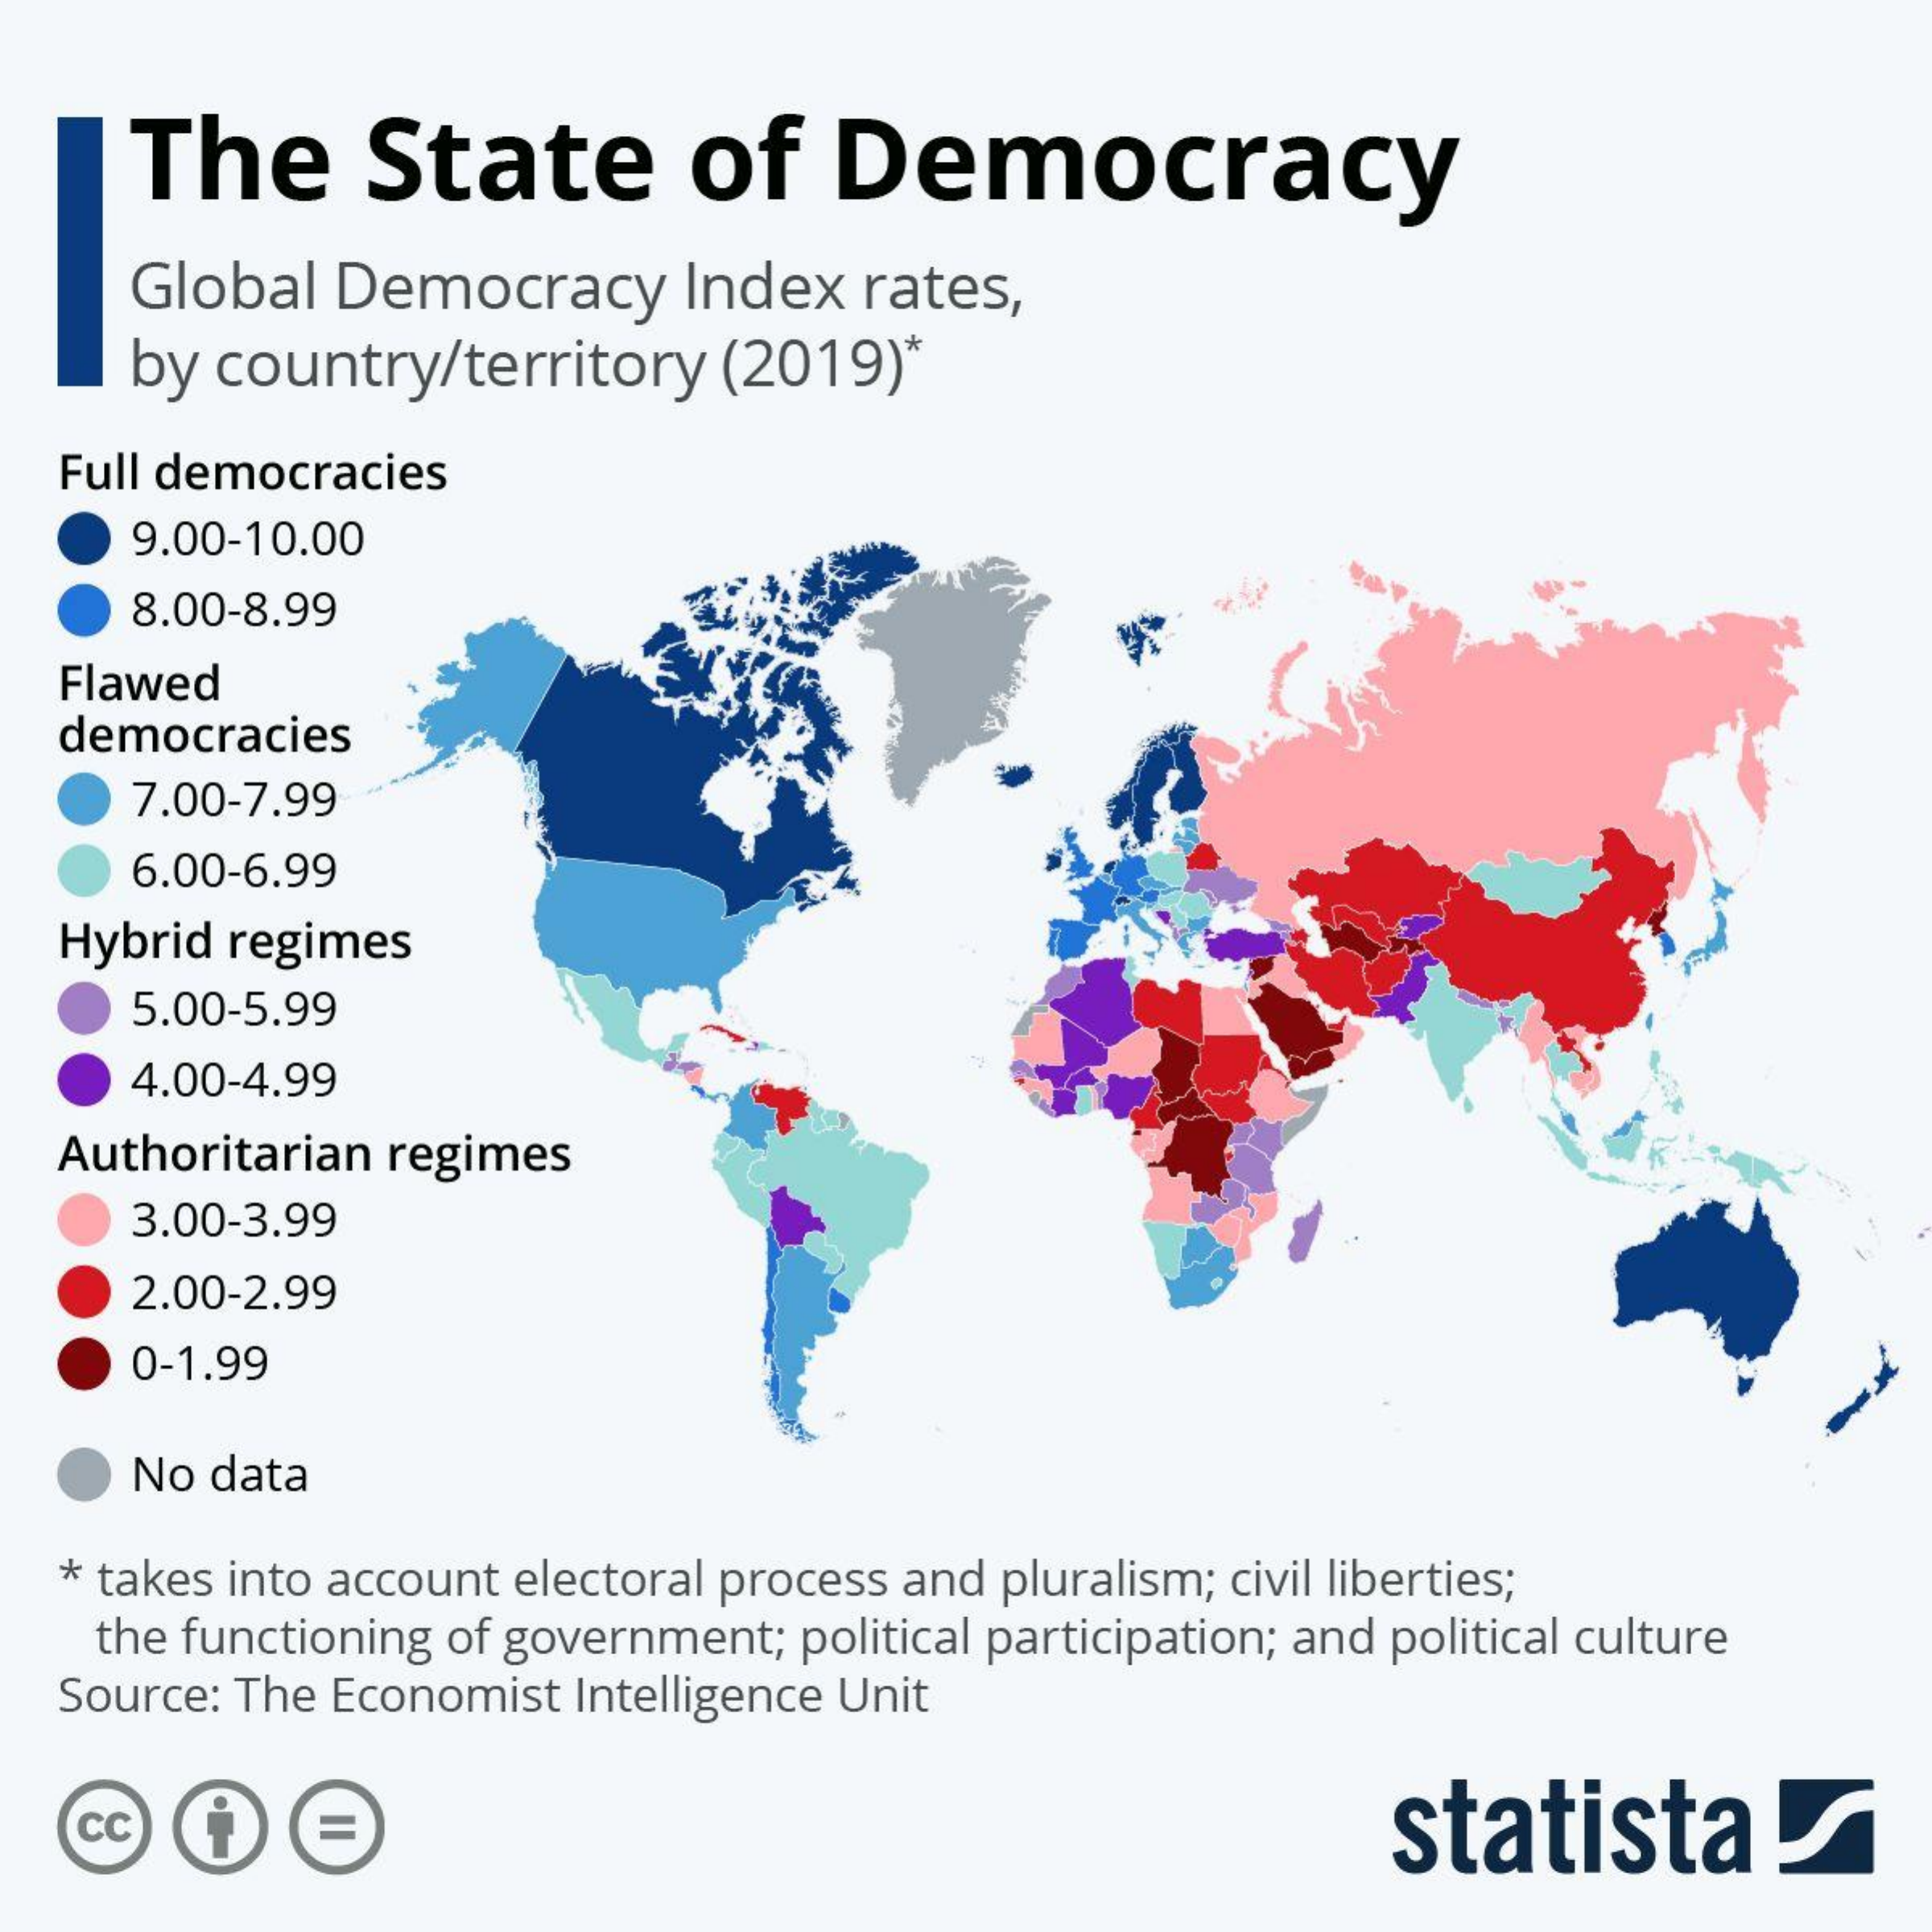
The    State    of    Democracy
     Global  Democracy    Index   rates,
     by country/territory    (2019)*
   Full democracies
     9.00-10.00
     8.00-8.99
   Flawed
   democracies
     7.00-7.99
     6.00-6.99
   Hybrid regimes
     5.00-5.99
     4.00-4.99
   Authoritarian regimes
     3.00-3.99
     2.00-2.99
     0-1.99
     No data
   * takes into account electoral process and pluralism; civil liberties;
    the functioning of government; political participation; and political culture
   Source: The Economist Intelligence Unit
   cc    statista